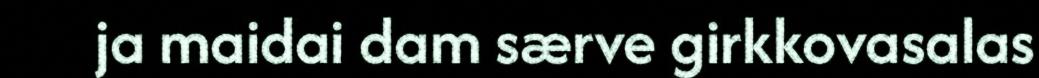
ja maidai dam særve girkkovasalas